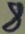
Text: 8